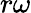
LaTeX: r\omega